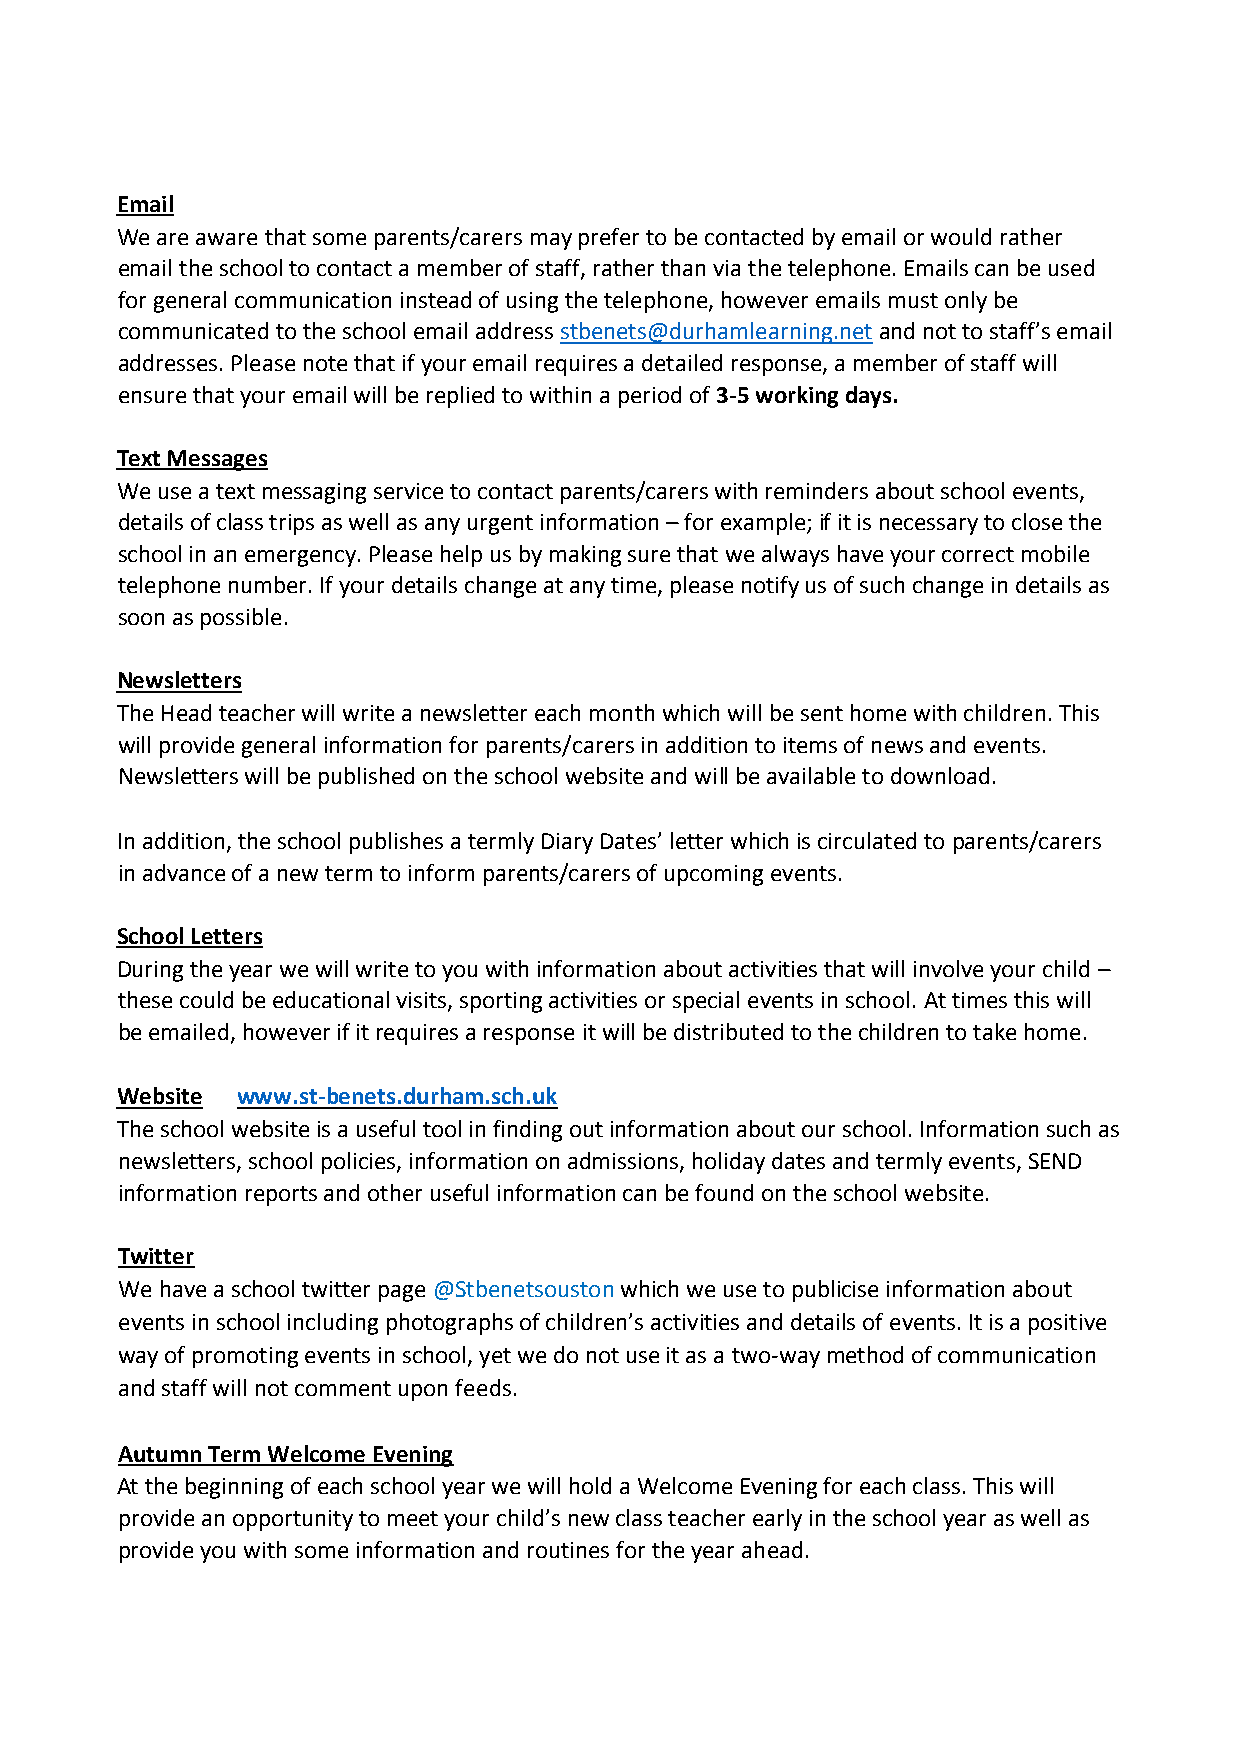
Email
 We are aware that some parents/carers may prefer to be contacted by email or would rather
 email the school to contact a member of staff, rather than via the telephone. Emails can be used
 for general communication instead of using the telephone, however emails must only be
 communicated to the school email address stbenets@durhamlearning.net and not to staff’s email
 addresses. Please note that if your email requires a detailed response, a member of staff will
 ensure that your email will be replied to within a period of 3-5 working days.
 Text Messages
 We use a text messaging service to contact parents/carers with reminders about school events,
 details of class trips as well as any urgent information – for example; if it is necessary to close the
 school in an emergency. Please help us by making sure that we always have your correct mobile
 telephone number. If your details change at any time, please notify us of such change in details as
 soon as possible.
 Newsletters
 The Head teacher will write a newsletter each month which will be sent home with children. This
 will provide general information for parents/carers in addition to items of news and events.
 Newsletters will be published on the school website and will be available to download.
 In addition, the school publishes a termly Diary Dates’ letter which is circulated to parents/carers
 in advance of a new term to inform parents/carers of upcoming events.
 School Letters
 During the year we will write to you with information about activities that will involve your child –
 these could be educational visits, sporting activities or special events in school. At times this will
 be emailed, however if it requires a response it will be distributed to the children to take home.
 Website www.st-benets.durham.sch.uk
 The school website is a useful tool in finding out information about our school. Information such as
 newsletters, school policies, information on admissions, holiday dates and termly events, SEND
 information reports and other useful information can be found on the school website.
 Twitter
 We have a school twitter page @Stbenetsouston which we use to publicise information about
 events in school including photographs of children’s activities and details of events. It is a positive
 way of promoting events in school, yet we do not use it as a two-way method of communication
 and staff will not comment upon feeds.
 Autumn Term Welcome Evening
 At the beginning of each school year we will hold a Welcome Evening for each class. This will
 provide an opportunity to meet your child’s new class teacher early in the school year as well as
 provide you with some information and routines for the year ahead.